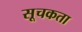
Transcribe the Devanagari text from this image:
सूचकता